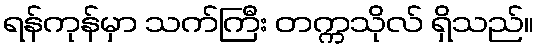
ရန်ကုန်မှာ သက်ကြီး တက္ကသိုလ် ရှိသည်။